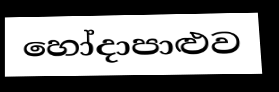
හෝදාපාළුව